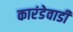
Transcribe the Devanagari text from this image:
कारंडेवाडी